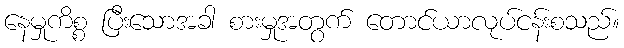
နေမှုကိစ္စ ပြီးသောအခါ စားမှုအတွက် တောင်ယာလုပ်ငန်းစသည်။